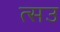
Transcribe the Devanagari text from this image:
त्सउ